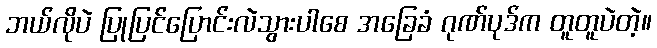
ဘယ်လိုပဲ ပြုပြင်ပြောင်းလဲသွားပါစေ အခြေခံ ဂုဏ်ပုဒ်က တူတူပဲတဲ့။